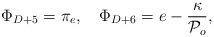
LaTeX: \begin{align*}\Phi_{D+5}=\pi_e,\quad\Phi_{D+6}=e-\frac{\kappa}{{\cal P}_o},\end{align*}